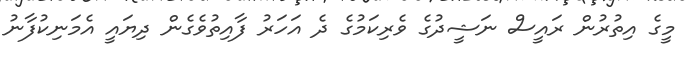
މީގެ އިތުުރުން ރައީސް ނަޝީދުގެ ވެރިކަމުގެ ދެ އަހަރު ފާއިތުވެގެން ދިޔައީ އެމަނިކުފާނު